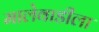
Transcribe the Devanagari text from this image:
मालेवाडीला